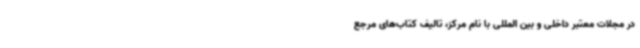
در مجلات معتبر داخلی و بین المللی با نام مرکز، تالیف کتاب‌های مرجع